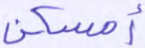
أمسكن